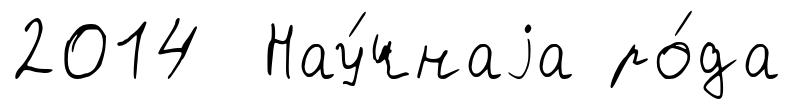
2014 Нау́чнаjа ро́да